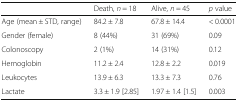
<table><thead><tr><td></td><td><b>Death, <i>n</i> = 18</b></td><td><b>Alive, <i>n</i> = 45</b></td><td><b><i>p</i> value</b></td></tr></thead><tbody><tr><td>Age (mean ± STD, range)</td><td>84.2 ± 7.8</td><td>67.8 ± 14.4</td><td>&lt; 0.0001</td></tr><tr><td>Gender (female)</td><td>8 (44%)</td><td>31 (69%)</td><td>0.09</td></tr><tr><td>Colonoscopy</td><td>2 (1%)</td><td>14 (31%)</td><td>0.12</td></tr><tr><td>Hemoglobin</td><td>11.2 ± 2.4</td><td>12.8 ± 2.2</td><td>0.019</td></tr><tr><td>Leukocytes</td><td>13.9 ± 6.3</td><td>13.3 ± 7.3</td><td>0.76</td></tr><tr><td>Lactate</td><td>3.3 ± 1.9 [2.85]</td><td>1.97 ± 1.4 [1.5]</td><td>0.003</td></tr></tbody></table>